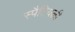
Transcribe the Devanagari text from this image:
स्पैटियली